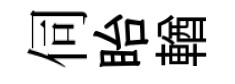
伺眙輶